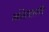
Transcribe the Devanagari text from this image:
अंडेदानी